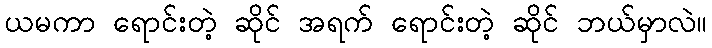
ယမကာ ရောင်းတဲ့ ဆိုင် အရက် ရောင်းတဲ့ ဆိုင် ဘယ်မှာလဲ။